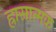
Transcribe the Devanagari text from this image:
ह्रासात्मक